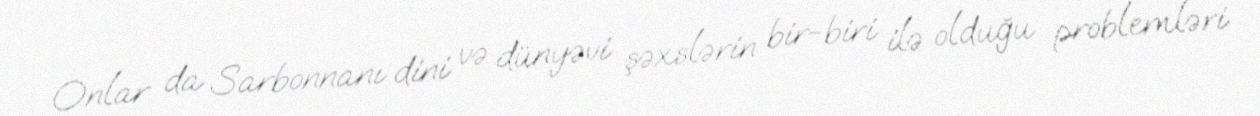
Onlar da Sarbonnanı dini və dünyəvi şəxslərin bir-biri ilə olduğu problemləri